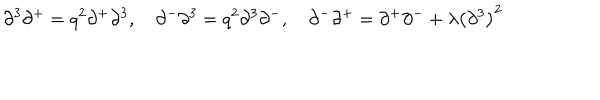
\partial ^ { 3 } \partial ^ { + } = q ^ { 2 } \partial ^ { + } \partial ^ { 3 } , \quad \partial ^ { - } \partial ^ { 3 } = q ^ { 2 } \partial ^ { 3 } \partial ^ { - } , \quad \partial ^ { - } \partial ^ { + } = \partial ^ { + } \partial ^ { - } + \lambda \left( \partial ^ { 3 } \right) ^ { 2 }